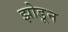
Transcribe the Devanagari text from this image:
झोडून